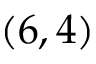
( 6 , 4 )